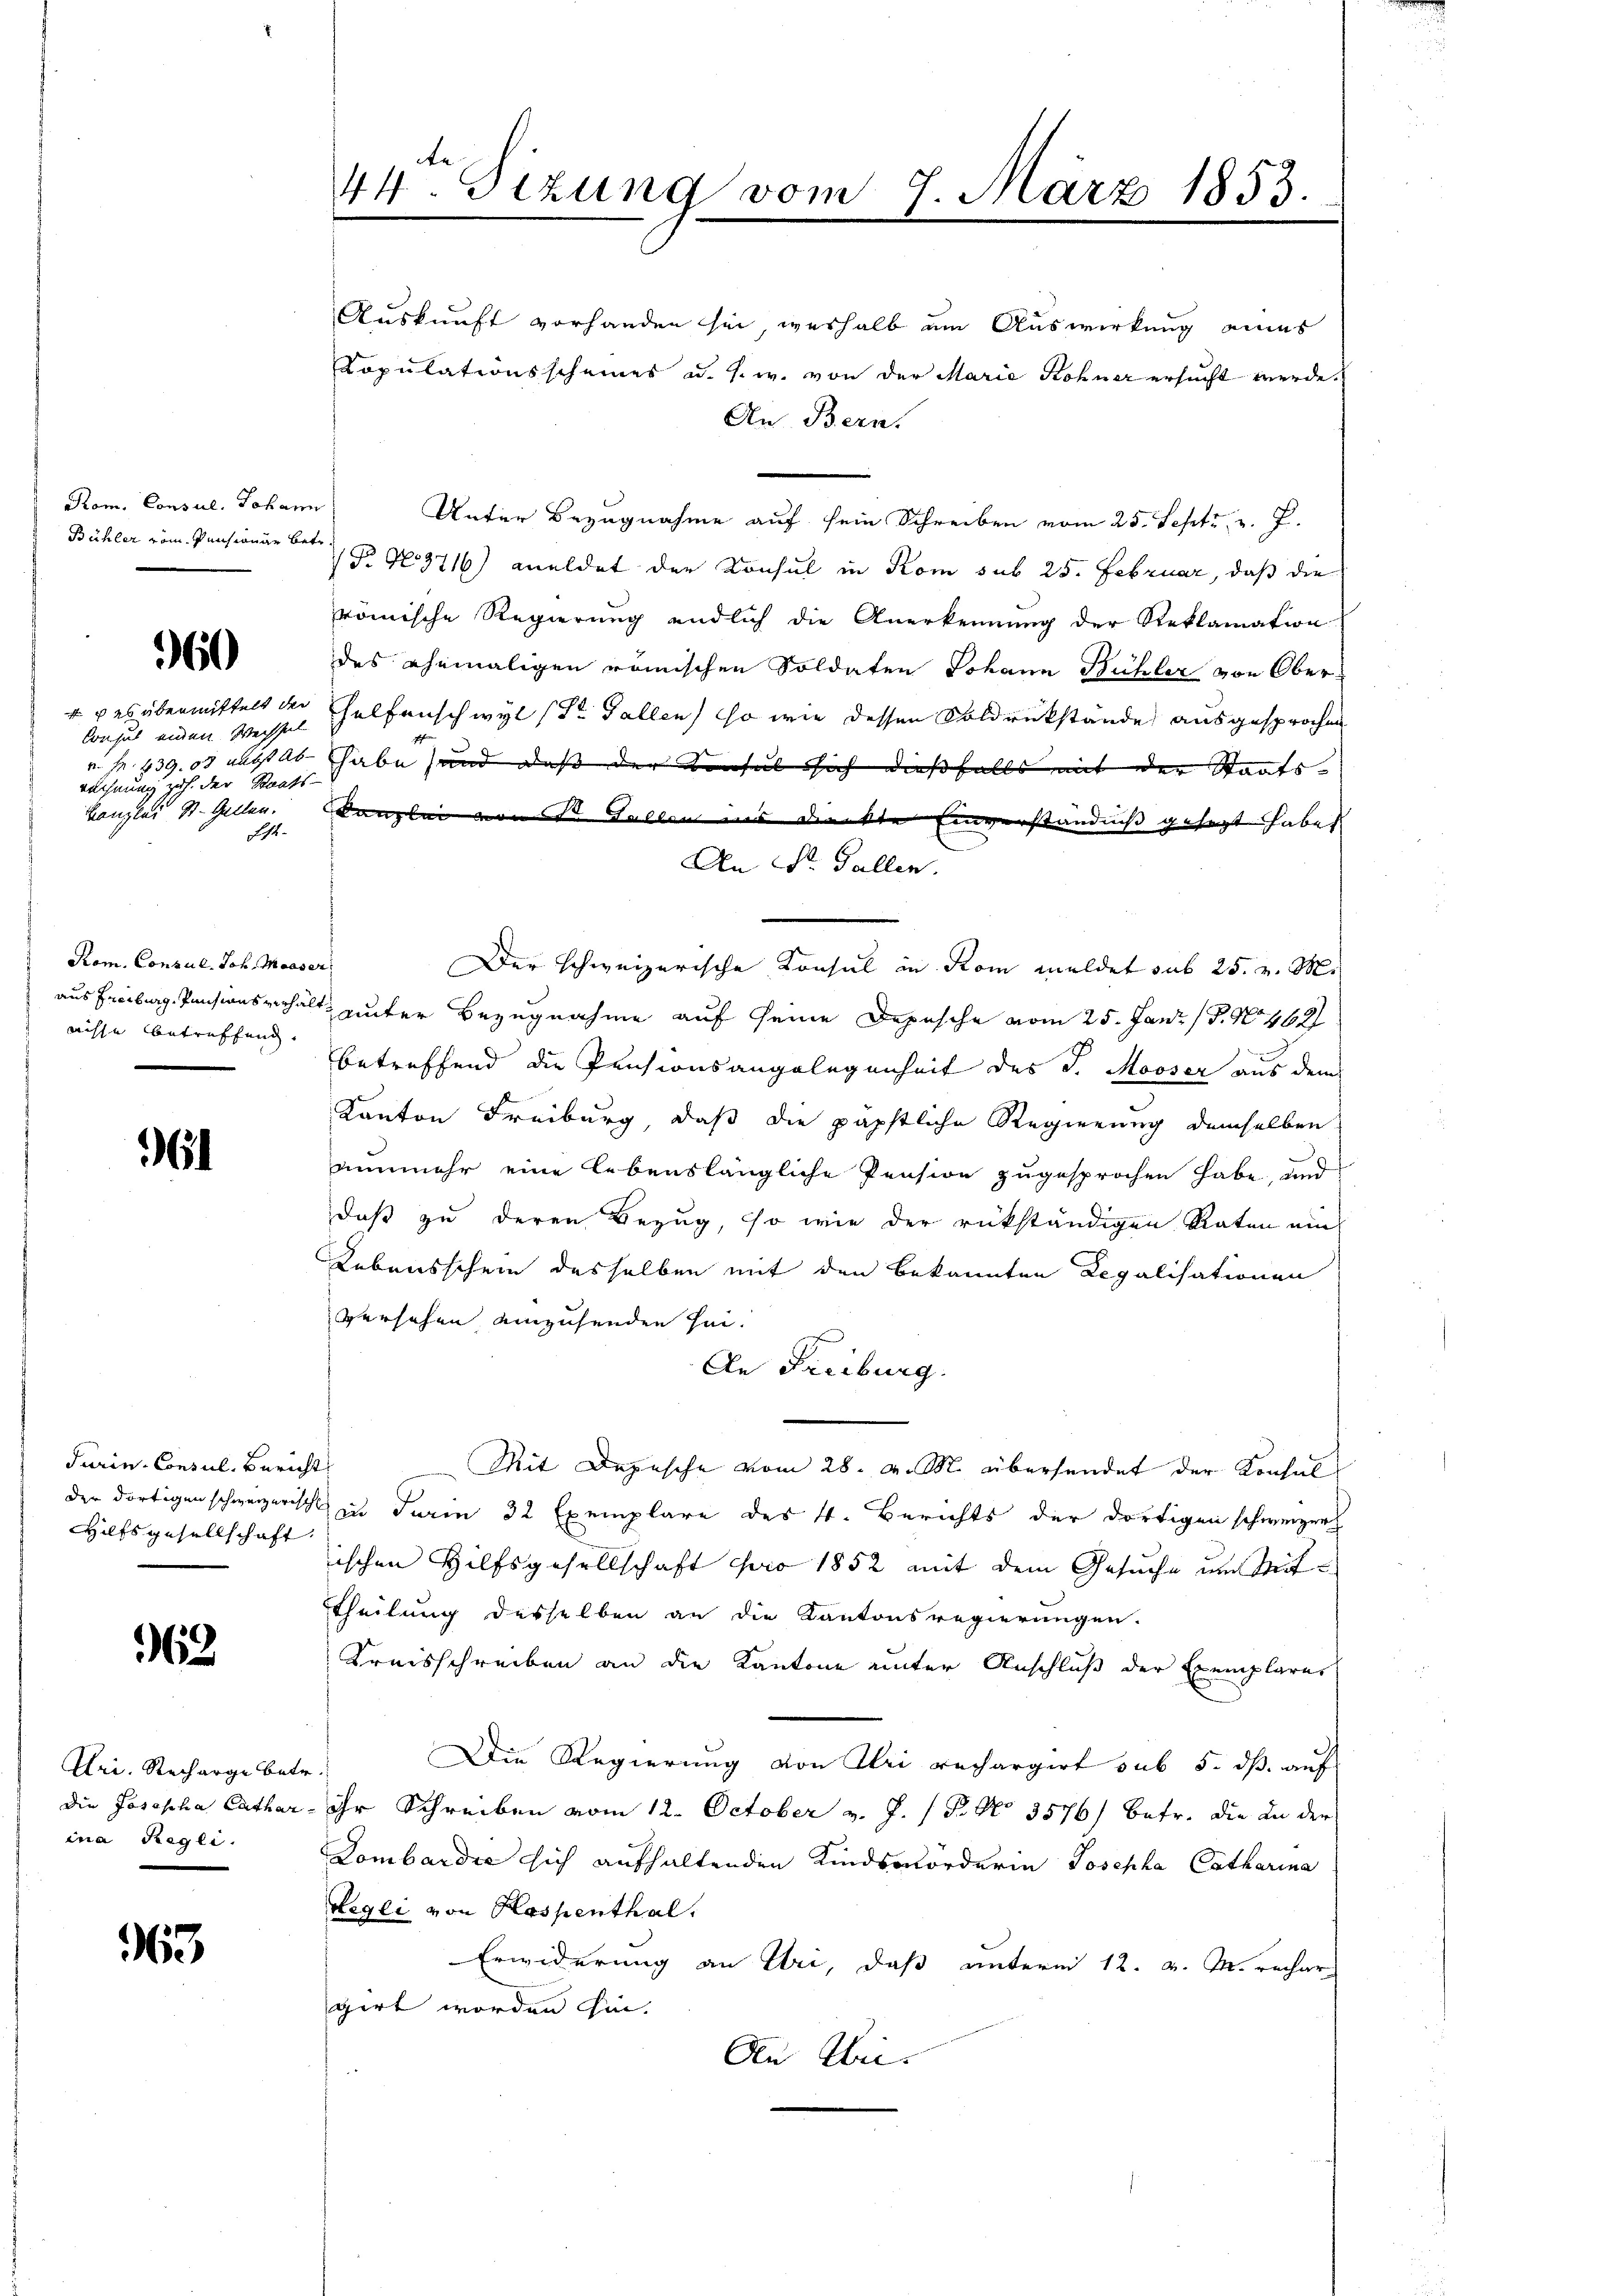
te
44. Sezung vom 7. März 1853.

Auskunft vorhanden sei, weshalb um Auswirkung eines
Copulationsscheines u. s. w. von der Marie Rohner ersucht werde.
An Bern.
e
Unter Bezugnahme auf sein Schreiben vom 25. Sept. v. J.
ate
 P. Nr. 3716) meldet der Konsul in Kom sub 25. Februar, daß die
römische Regierung endlich die Anerkennung der Reklamation
des ehemaligen römischen Soldaten Johann Bühler von Ober¬
Helfenschwyl (der Fallen, so wie dessen Soldrückstände ausgesprochen
habe und daß der Konsuls sich dießfalls mit der Staats-
f
Der schweizerische Konsul in Rom meldet sub 25. v. M.
aus Freiburg, Pensionsverhält, unter Bezugnahme auf seine Depesche vom 25. Jan. 18. No 462
betreffend die Pensionsangelegenheit des J. Mooser aus dem
Kanton Freiburg, daß die päpstliche Regierung demselben
nunmehr eine lebenslängliche Pension zugesprochen habe, und
daß zu deren Bezug, so wie der rükständigen Raten ein
Lebensschein desselben mit den bekannten Regalisationen
Versehen einzusenden sei.
An Freiburg.
Mit Depesche vom 28. v. M. übersendet der Konsul
der dortigen schweizerische zu Turin 32 Exemplare des 4. Berichts der dortigen schweizer
ischen Hilfsgesellschaft pro 1852 mit dem Gesuche um Mit¬
Theilung desselben an die Kantonsregierungen.
Kreisschreiben an die Kantone unter Anschluß der Exemplares
Die Regierung von Uri rechargirt sub 5. dß auf

ihr Schreiben vom 12. October v. J. P. No 3576) betr. die an der
Dombardie sich aufhaltenden Kindsmorderin Josepha Catharina
wegli von Hospenthal.
Erwiderung an Uri, daß unterm 12. v. M. rechar
girt worden hin.
An Uri.

Rom. Consul, Johan
Bühler vom Pensionar be¬

960

f es übermittelt der
Consul einen Wechse
v. M. 639. 08 nebst An
rechnung zu der Staat
Kanzlei St. Gallen.
List

kanzlei von St. Gallen uns dienkte Einverständniss gesagt haben. |
An St. Gallen.

Kom. Consul, Joh. Maass
aisse betreffend,

61

Turin, Consul, Bericht
Hilfsgesellschaft.

62

Uri. Recharge betr.
Die Josepha Cathar.
ina Regli.

363